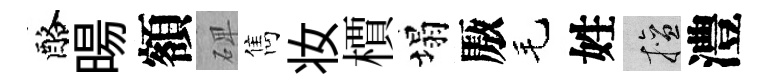
酪暘額𥓓雋妆檟塌厫毛姓擅澧